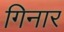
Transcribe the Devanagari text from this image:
गिनार